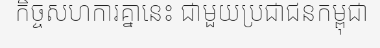
កិច្ចសហការគ្នានេះ ជាមួយប្រជាជនកម្ពុជា